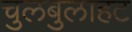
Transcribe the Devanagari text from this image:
चुलबुलाहट